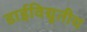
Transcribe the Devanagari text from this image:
डाईविद्युतीय